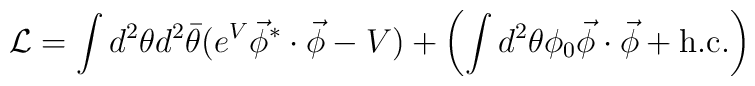
{\cal L}   = \int d^2\theta d^2\bar{\theta}    (e^V \vec{\phi}^*\cdot\vec{\phi}-V)   +\left( \int d^2\theta \phi_0\vec{\phi}\cdot\vec{\phi}    + {\rm h.c.} \right)